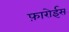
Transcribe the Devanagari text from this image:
फ़ारोईस